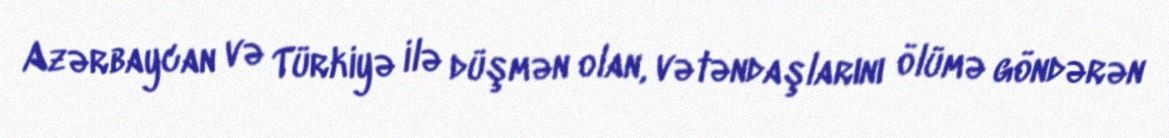
Azərbaycan və Türkiyə ilə düşmən olan, vətəndaşlarını ölümə göndərən